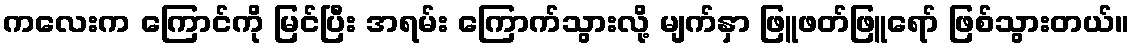
ကလေးက ကြောင်ကို မြင်ပြီး အရမ်း ကြောက်သွားလို့ မျက်နှာ ဖြူဖတ်ဖြူရော် ဖြစ်သွားတယ်။